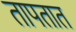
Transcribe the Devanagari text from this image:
तापतात